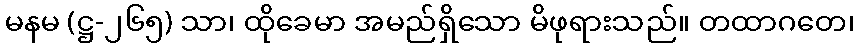
မနမ (ဋ္ဌ-၂၆၅) သာ၊ ထိုခေမာ အမည်ရှိသော မိဖုရားသည်။ တထာဂတေ၊